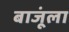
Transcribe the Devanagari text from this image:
बाजूंला